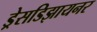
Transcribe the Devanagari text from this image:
ड्रेसडिझायनर